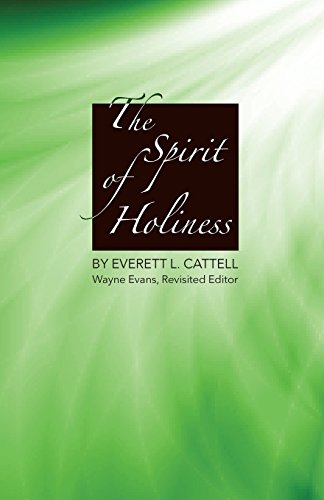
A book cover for The Spirit of Holiness; Everett L. Cattell; Christian Books & Bibles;